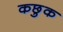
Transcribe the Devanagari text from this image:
कछुक